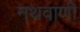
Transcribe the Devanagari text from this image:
नथवाणी